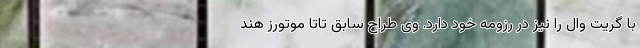
با گریت وال را نیز در رزومه خود دارد. وی طراح سابق تاتا موتورز هند